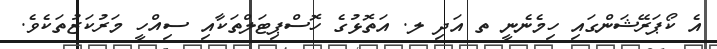
އެ ކޯޕަރޭޝަންގައި ހިމެނެނީ ތ އަދި ލ. އަތޮޅުގެ ހޮސްޕިޓަލްތަކާއި ސިއްހީ މަރުކަޒުތަކެވެ.